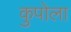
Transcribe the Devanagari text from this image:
कुपोला